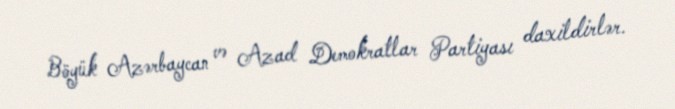
Böyük Azərbaycan və Azad Demokratlar Partiyası daxildirlər.